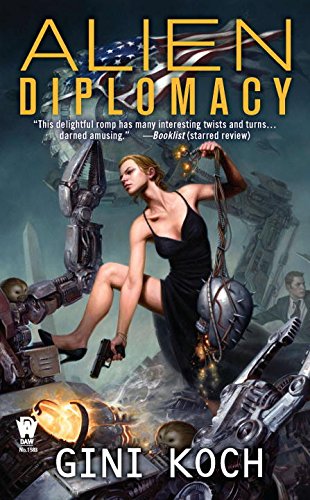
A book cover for Alien Diplomacy: Alien Novels, Book Five; Gini Koch; Romance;